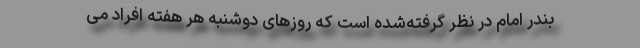
بندر امام در نظر گرفته‌شده است که روزهای دوشنبه هر هفته افراد می‌